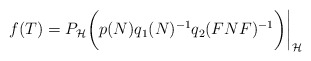
\begin{align*} f(T)=P_\mathcal H \bigg(p(N)q_1(N)^{-1}q_2(FNF)^{-1}\bigg) \bigg|_\mathcal H \end{align*}